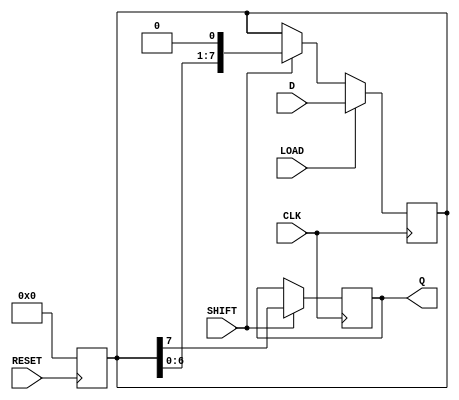
module PISO_Register #(
    parameter DATA_WIDTH = 8  // Configurable data width
)(
    input wire [DATA_WIDTH-1:0] D,   // Parallel input data
    output reg Q,                    // Serial output
    input wire LOAD,                 // Load control signal
    input wire SHIFT,                // Shift control signal
    input wire CLK,                  // Clock signal
    input wire RESET                 // Reset signal
);

    reg [DATA_WIDTH-1:0] shift_reg;  // Shift register to hold data

    // Asynchronous reset
    always @(posedge RESET) begin
        shift_reg <= {DATA_WIDTH{1'b0}}; // Clear the register
    end

    // Main operation: Load, Shift, or Reset
    always @(posedge CLK) begin
        if (LOAD) begin
            shift_reg <= D; // Load parallel data into the register
        end else if (SHIFT) begin
            shift_reg <= {shift_reg[DATA_WIDTH-2:0], 1'b0}; // Shift left
        end
    end

    // Serial output: output the MSB of the shift register
    always @(posedge CLK) begin
        if (SHIFT) begin
            Q <= shift_reg[DATA_WIDTH-1]; // Output the MSB
        end
    end

endmodule